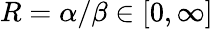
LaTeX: R={\alpha}/{\beta}\in[0,\infty]